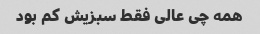
همه چی عالی فقط سبزیش کم بود